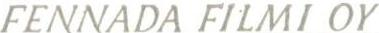
FENNADA FILMI OY